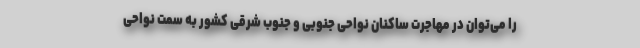
را می‌توان در مهاجرت ساکنان نواحی جنوبی و جنوب شرقی کشور به سمت نواحی